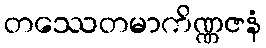
တဿေတမာကိဏ္ဏဇနံ